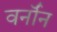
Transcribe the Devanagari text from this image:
वर्नॉन